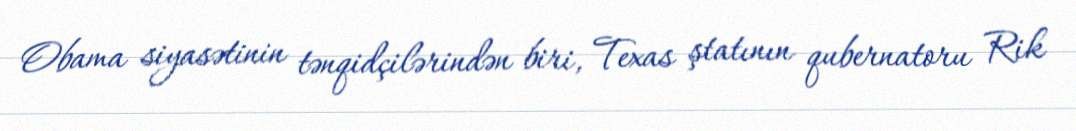
Obama siyasətinin tənqidçilərindən biri, Texas ştatının qubernatoru Rik